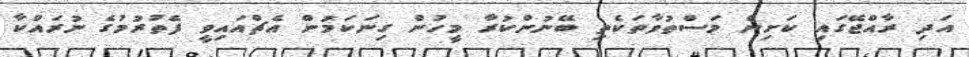
އަދި ރާއްޖޭގައި ކަށިން މަސްތުވާތަކެތި ބޭނުންކުރާ މީހުން ގިނަކަމުން އެޗްއައިވީ ފެތުރުމުގެ ނުރައްކާ